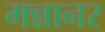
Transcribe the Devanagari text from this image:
मन्नानर